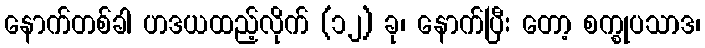
နောက်တစ်ခါ ဟဒယထည့်လိုက် (၁၂) ခု၊ နောက်ပြီး တော့ စက္စုပသာဒ၊